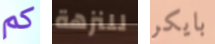
كم للنزهة بايكر